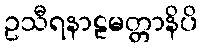
ဥသီရနာဠမတ္တာနိပိ